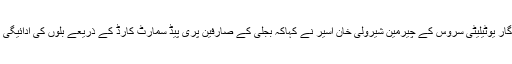
اس موقع پر بجلی گھر سے پیدا ہونے والی بجلی کی تقسیم کا انتظام و انصرام کرنے والا ادارہ یادگار یوٹیلیٹی سروس کے چیرمین شیرولی خان اسیر نے کہاکہ بجلی کے صارفین پری پیڈ سمارٹ کارڈ کے ذریعے بلوں کی ادائیگی کررہے ہیں اور بجلی کی فراہمی سے یہاں زندگی کے ہر شعبے میں مثبت تبدیلی آنے والی ہے ۔